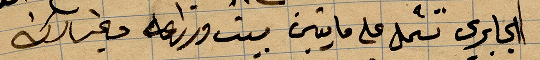
الجابري تسجل على مايتين بيت وزراعه وغير ذلك